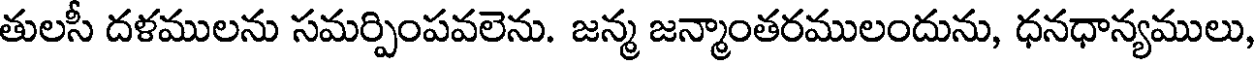
తులసీ దళములను సమర్పింపవలెను. జన్మ జన్మాంతరములందును, ధనధాన్యములు,